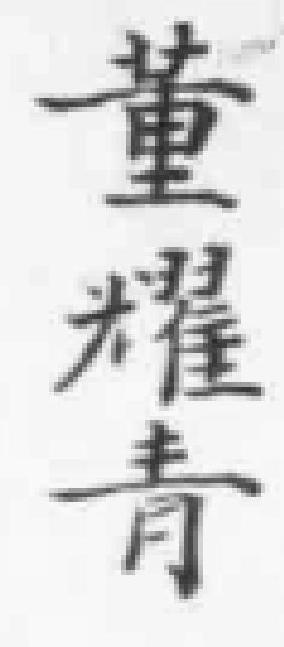
董耀青